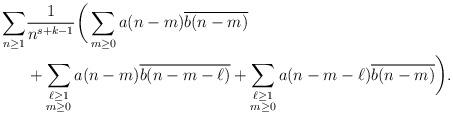
LaTeX: \begin{align*} \sum_{n \geq 1} &\frac{1}{n^{s + k - 1}} \bigg( \sum_{m \geq 0} a(n-m) \overline{b(n-m)} \\ &+ \sum_{\substack{\ell \geq 1 \\ m \geq 0}} a(n-m) \overline{b(n-m-\ell)} + \sum_{\substack{\ell \geq 1 \\ m \geq 0}} a(n-m-\ell)\overline{b(n-m)}\bigg). \end{align*}